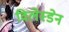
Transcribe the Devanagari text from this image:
विलेस्डेन